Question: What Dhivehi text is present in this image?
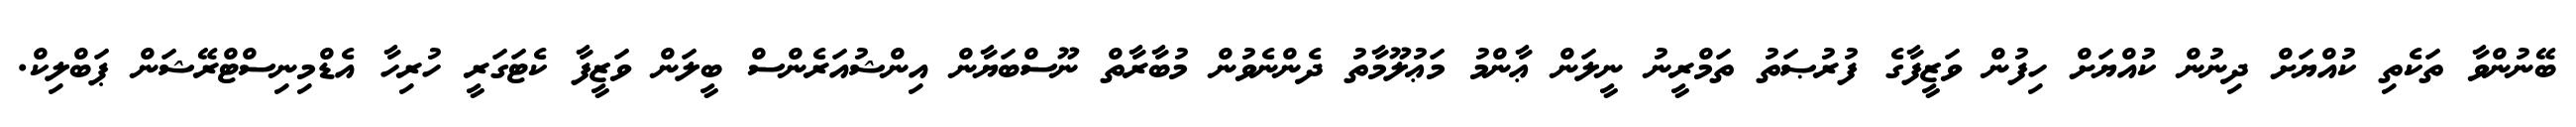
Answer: ބޭނުންވާ ތަކެތި ކުއްޔަށް ދިނުން ކުއްޔަށް ހިފުން ވަޒީފާގެ ފުރުޞަތު ތަމްރީނު ނީލަން ޢާންމު މަޢުލޫމާތު ދެންނެވުން މުބާރާތް ނޫސްބަޔާން އިންޝުއަރެންސް ބީލަން ވަޒީފާ ކެޓަގަރީ ހުރިހާ އެޑްމިނިސްޓްރޭޝަން ޕަބްލިކް.